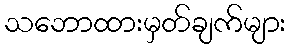
သဘောထားမှတ်ချက်များ